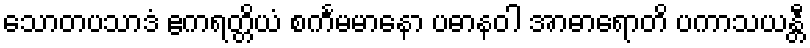
သောတပသာဒံ ဧကရတ္တိယံ စင်္ကမမာနော ပဓာနဝါ အာဓာရောတိ ပကာသယန္တီ